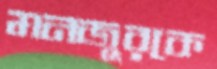
মনজুরকে